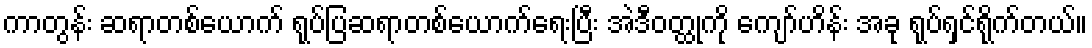
ကာတွန်း ဆရာတစ်ယောက် ရုပ်ပြဆရာတစ်ယောက်ရေးပြီး အဲဒီဝတ္ထုကို ကျော်ဟိန်း အခု ရုပ်ရှင်ရိုက်တယ်။